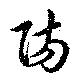
陽